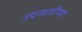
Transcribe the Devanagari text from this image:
उपजातींच्या